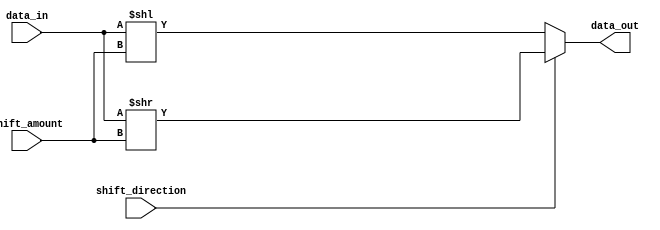
module barrel_shifter (
    input [31:0] data_in,
    input [4:0] shift_amount,
    input shift_direction,
    output reg [31:0] data_out
);

always @(*) begin
    if (shift_direction == 1'b0) // Left shift
        data_out = data_in << shift_amount;
    else // Right shift
        data_out = data_in >> shift_amount;
end

endmodule